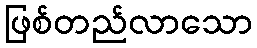
ဖြစ်တည်လာသော